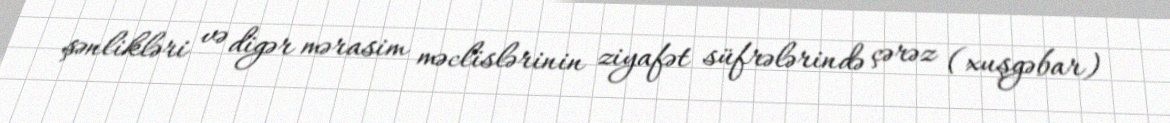
şənlikləri və digər mərasim məclislərinin ziyafət süfrələrində çərəz (xuşgəbar)